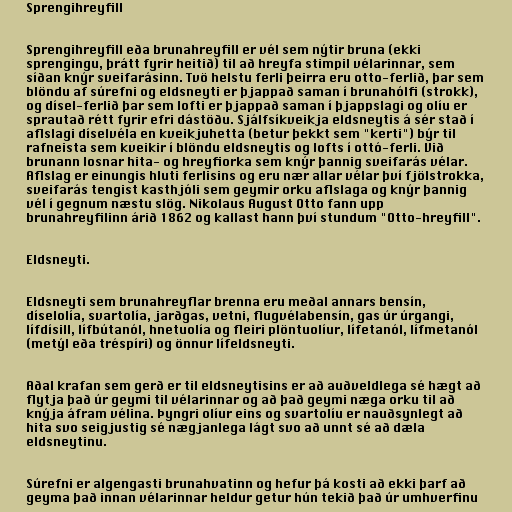
Sprengihreyfill

Sprengihreyfill eða brunahreyfill er vél sem nýtir bruna (ekki
sprengingu, þrátt fyrir heitið) til að hreyfa stimpil vélarinnar, sem
síðan knýr sveifarásinn. Tvö helstu ferli þeirra eru otto-ferlið, þar sem
blöndu af súrefni og eldsneyti er þjappað saman í brunahólfi (strokk),
og dísel-ferlið þar sem lofti er þjappað saman í þjappslagi og olíu er
sprautað rétt fyrir efri dástöðu. Sjálfsíkveikja eldsneytis á sér stað í
aflslagi díselvéla en kveikjuhetta (betur þekkt sem "kerti") býr til
rafneista sem kveikir í blöndu eldsneytis og lofts í ottó-ferli. Við
brunann losnar hita- og hreyfiorka sem knýr þannig sveifarás vélar.
Aflslag er einungis hluti ferlisins og eru nær allar vélar því fjölstrokka,
sveifarás tengist kasthjóli sem geymir orku aflslaga og knýr þannig
vél í gegnum næstu slög. Nikolaus August Otto fann upp
brunahreyfilinn árið 1862 og kallast hann því stundum "Otto-hreyfill".

Eldsneyti.

Eldsneyti sem brunahreyflar brenna eru meðal annars bensín,
díselolía, svartolía, jarðgas, vetni, flugvélabensín, gas úr úrgangi,
lífdísill, lífbútanól, hnetuolía og fleiri plöntuolíur, lífetanól, lífmetanól
(metýl eða tréspíri) og önnur lífeldsneyti.

Aðal krafan sem gerð er til eldsneytisins er að auðveldlega sé hægt að
flytja það úr geymi til vélarinnar og að það geymi næga orku til að
knýja áfram vélina. Þyngri olíur eins og svartolíu er nauðsynlegt að
hita svo seigjustig sé nægjanlega lágt svo að unnt sé að dæla
eldsneytinu.

Súrefni er algengasti brunahvatinn og hefur þá kosti að ekki þarf að
geyma það innan vélarinnar heldur getur hún tekið það úr umhverfinu